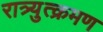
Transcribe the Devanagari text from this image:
रात्र्युत्क्रमण